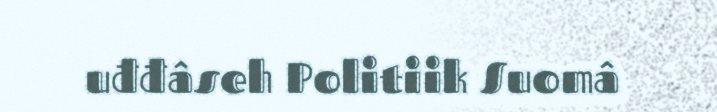
uđđâseh Politiik Suomâ